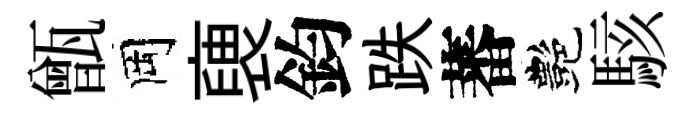
甑岡褏鈞跌蕃艷駭